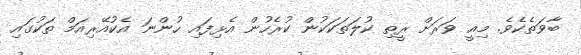
ބާވަތެކެވެ. މިއީ ވަރަށް ރީތި ކުލަތަކަކުން ކުރެހުން އެޅިފައި ހުންނަ އެކުއޭރިއަމް ތަކުގައި